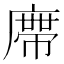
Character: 𭙺